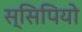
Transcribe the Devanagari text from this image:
स्सिपियो